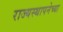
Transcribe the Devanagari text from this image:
राज्‍यस्‍थापनेच्या